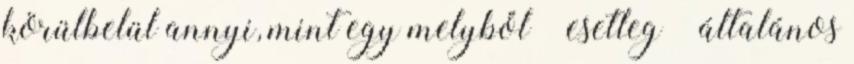
körülbelül annyi, mint egy melyből – esetleg – általános